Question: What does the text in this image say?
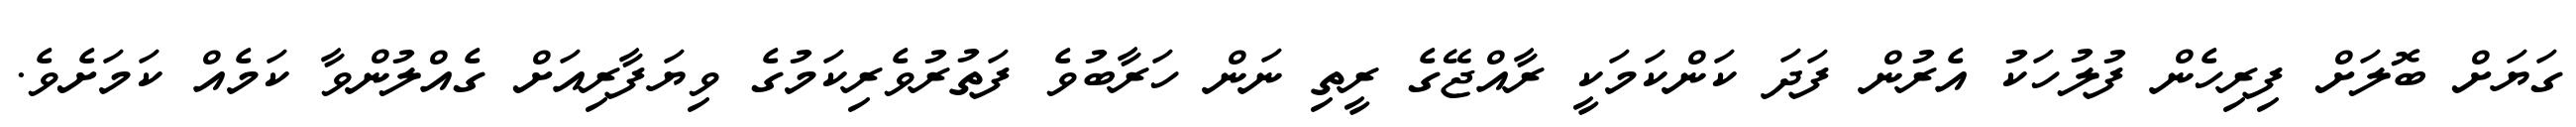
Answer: ގަޔަށް ބޮލަށް ފިރިހެން ފުލުހަކު އެރުން ފަދަ ކަންކަމަކީ ރާއްޖޭގެ ރީތި ނަން ހަރާބުވެ ފަތުރުވެރިކަމުގެ ވިޔަފާރިއަށް ގެއްލުންވާ ކަމެއް ކަމަށެވެ.